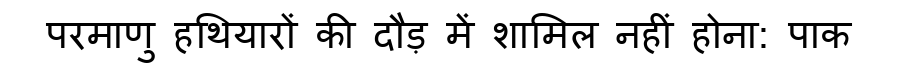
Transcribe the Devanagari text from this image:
परमाणु हथियारों की दौड़ में शामिल नहीं होना: पाक